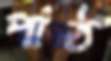
পাঠ